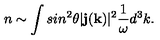
n \sim \int s i n ^ { 2 } \theta | { \bf j } ( { \bf k } ) | ^ { 2 } { \frac { 1 } { \omega } } d ^ { 3 } k .